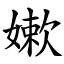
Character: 嫰